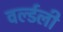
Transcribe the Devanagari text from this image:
वर्ल्डली